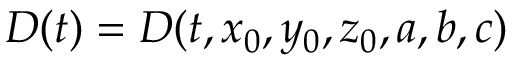
D ( t ) = D ( t , x _ { 0 } , y _ { 0 } , z _ { 0 } , a , b , c )